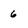
Character: 6